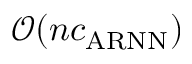
\mathcal { O } ( n c _ { \mathrm { A R N N } } )